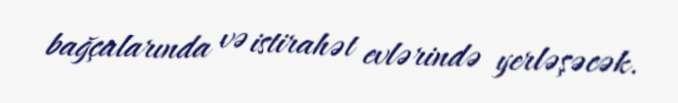
bağçalarında və istirahət evlərində yerləşəcək.